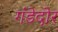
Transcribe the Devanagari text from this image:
गंडेदोर